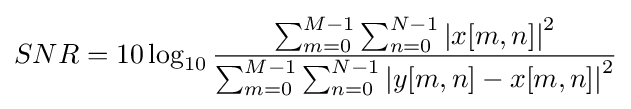
SNR=10\log _{10}{\frac {\sum _{m=0}^{M-1}\sum _{n=0}^{N-1}\left|x[m,n]\right|^{2}}{\sum _{m=0}^{M-1}\sum _{n=0}^{N-1}\left|y[m,n]-x[m,n]\right|^{2}}}